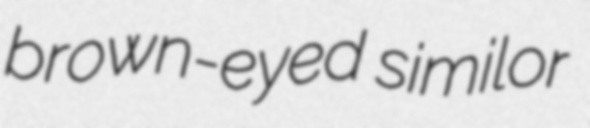
brown-eyed similor